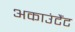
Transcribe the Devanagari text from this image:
अकाउंटैंट